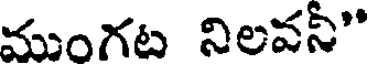
ముంగట నిలవనీ"